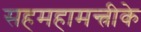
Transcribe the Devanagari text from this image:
सहमहामन्त्रीके